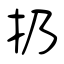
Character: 扔